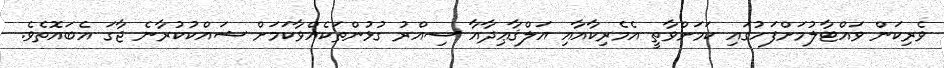
ވެރިކަން ވައްޓާލުމަށްފަހުގައި ކަމަށްވާތީ އެމެރިކާއާއި އަލްޤާޢިދާއާ ސިއްރު ގުޅުންތަކެއްވާކަމަށް ޝައްކުކުރާނެ ޖާގަ އެބައޮތެވެ.